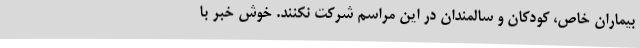
بیماران خاص، کودکان و سالمندان در این مراسم شرکت نکنند. خوش خبر با